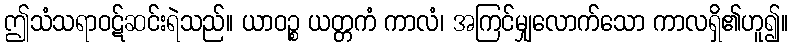
ဤသံသရာဝဋ်ဆင်းရဲသည်။ ယာဝဉ္စ ယတ္တကံ ကာလံ၊ အကြင်မျှလောက်သော ကာလရှိ၏ဟူ၍။